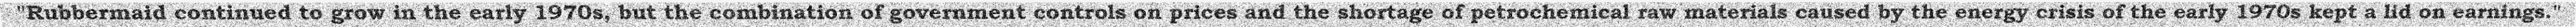
"Rubbermaid continued to grow in the early 1970s, but the combination of government controls on prices and the shortage of petrochemical raw materials caused by the energy crisis of the early 1970s kept a lid on earnings."